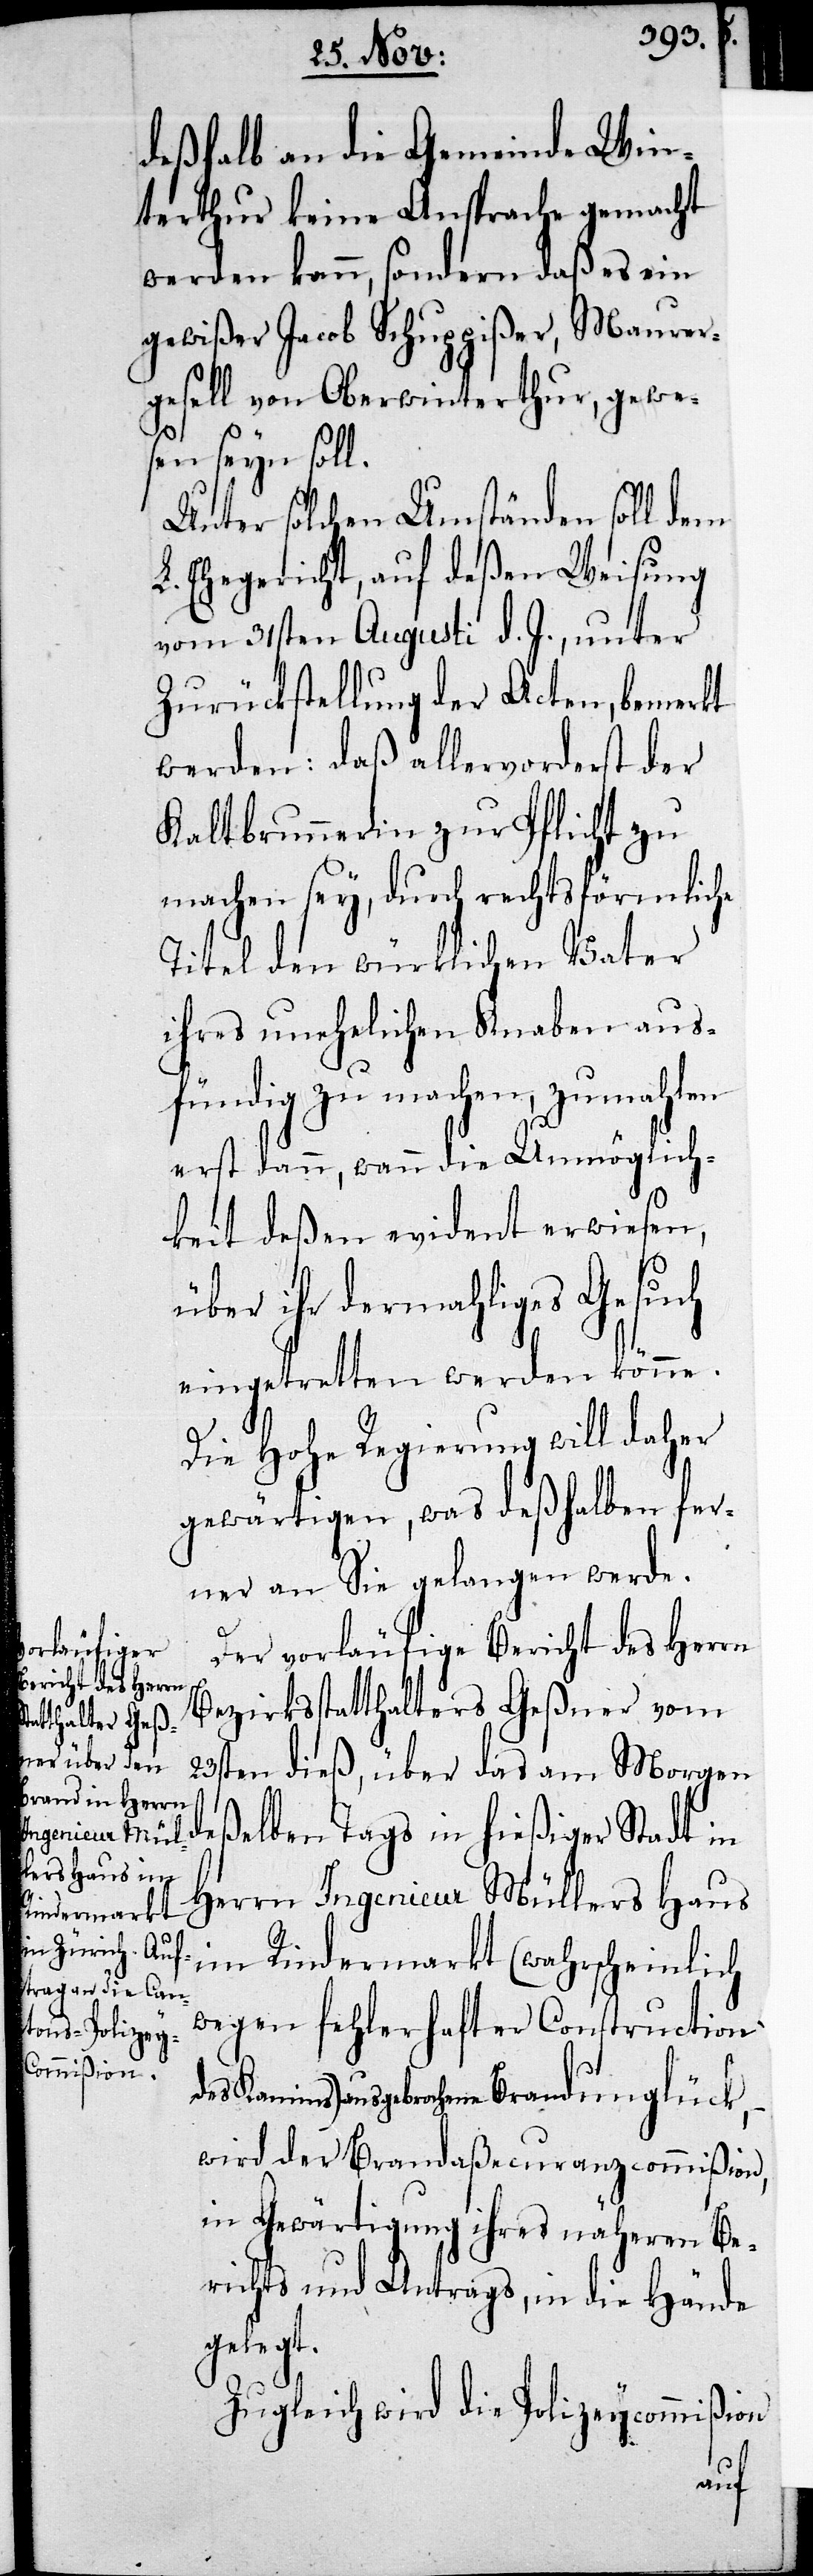
deßhalb an die Gemeinde Win¬
terthur keine Ansprache gemacht
werden kann, sondern daß es ein
gewißer Jacob Schuppißer, Maurer¬
gesell von Oberwinterthur, gewe¬
sen seyn soll.
Unter solchen Umständen soll dem
L. Ehegericht, auf deßen Weisung
vom 31sten Augusti d. J., unter
Zurückstellung der Acten, bemerkt
werden: daß allervorderst der
Kaltbrunnerin zur Pflicht zu
machen sey, durch rechtsförmliche
Titel den würklichen Vater
ihres unehelichen Knaben aus¬
fündig zu machen, zumahlen
erst dann, wenn die Unmöglich¬
keit deßen evident erwiesen,
über ihr dermahliges Gesuch
eingetretten werden könne.
Die Hohe Regierung will daher
gewärtigen, was deßhalben fer¬
ner an Sie gelangen werde.
Der vorläufige Bericht des Herrn
Bezirksstatthalters Geßner vom
23sten dieß, über das am Morgen
deßelben Tags in hießiger Stadt in
Herrn Ingenieur Müllers Haus
im Rindermarkt (wahrscheinlich
wegen fehlerhafter Construction
Kamins) ausgebrochene Brandunglück,
wird der Brandaßecuranzcommißion,
in Gewärtigung ihres näheren Be¬
richts und Antrags, in die Hände
gelegt.
Zugleich wird die Polizeycommißion